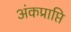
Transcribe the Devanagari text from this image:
अंकप्राप्ति